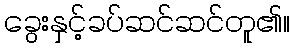
ခွေးနှင့်ခပ်ဆင်ဆင်တူ၏။